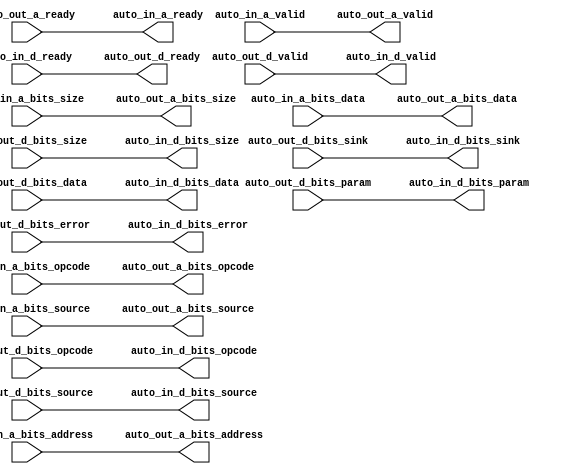
// Copyright (c) 2017, Microsemi Corporation
// All rights reserved.
//
// Redistribution and use in source and binary forms, with or without
// modification, are permitted provided that the following conditions are met:
//     * Redistributions of source code must retain the above copyright
//       notice, this list of conditions and the following disclaimer.
//     * Redistributions in binary form must reproduce the above copyright
//       notice, this list of conditions and the following disclaimer in the
//       documentation and/or other materials provided with the distribution.
//     * Neither the name of the <organization> nor the
//       names of its contributors may be used to endorse or promote products
//       derived from this software without specific prior written permission.
//
// THIS SOFTWARE IS PROVIDED BY THE COPYRIGHT HOLDERS AND CONTRIBUTORS "AS IS" AND
// ANY EXPRESS OR IMPLIED WARRANTIES, INCLUDING, BUT NOT LIMITED TO, THE IMPLIED
// WARRANTIES OF MERCHANTABILITY AND FITNESS FOR A PARTICULAR PURPOSE ARE
// DISCLAIMED. IN NO EVENT SHALL MICROSEMI CORPORATIONM BE LIABLE FOR ANY
// DIRECT, INDIRECT, INCIDENTAL, SPECIAL, EXEMPLARY, OR CONSEQUENTIAL DAMAGES
// (INCLUDING, BUT NOT LIMITED TO, PROCUREMENT OF SUBSTITUTE GOODS OR SERVICES;
// LOSS OF USE, DATA, OR PROFITS; OR BUSINESS INTERRUPTION) HOWEVER CAUSED AND
// ON ANY THEORY OF LIABILITY, WHETHER IN CONTRACT, STRICT LIABILITY, OR TORT
// (INCLUDING NEGLIGENCE OR OTHERWISE) ARISING IN ANY WAY OUT OF THE USE OF THIS
// SOFTWARE, EVEN IF ADVISED OF THE POSSIBILITY OF SUCH DAMAGE.
//
// APACHE LICENSE
// Copyright (c) 2017, Microsemi Corporation 
//
// Licensed under the Apache License, Version 2.0 (the "License");
// you may not use this file except in compliance with the License.
// You may obtain a copy of the License at
//
//    http://www.apache.org/licenses/LICENSE-2.0
//
// Unless required by applicable law or agreed to in writing, software
// distributed under the License is distributed on an "AS IS" BASIS,
// WITHOUT WARRANTIES OR CONDITIONS OF ANY KIND, either express or implied.
// See the License for the specific language governing permissions and
// limitations under the License.
//
// Description:
//
// SVN Revision Information:
// SVN $Revision: $
// SVN $Date: $
//
// Resolved SARs
// SAR      Date     Who   Description
//
// Notes:
//
// ****************************************************************************/
`ifndef RANDOMIZE_REG_INIT 
	 `define RANDOMIZE_REG_INIT 
 `endif
`ifndef RANDOMIZE_MEM_INIT 
	 `define RANDOMIZE_MEM_INIT 
 `endif
`ifndef RANDOMIZE 
	 `define RANDOMIZE 
`endif

`timescale 1ns/10ps
module MIV_RV32IMA_L1_AHB_C0_MIV_RV32IMA_L1_AHB_C0_0_MIV_RV32IMA_L1_AHB_TLWIDTH_WIDGET( // @[:freechips.rocketchip.system.MivRV32ImaL1AhbConfig.fir@4829.2]
  output        auto_in_a_ready, // @[:freechips.rocketchip.system.MivRV32ImaL1AhbConfig.fir@4832.4]
  input         auto_in_a_valid, // @[:freechips.rocketchip.system.MivRV32ImaL1AhbConfig.fir@4832.4]
  input  [2:0]  auto_in_a_bits_opcode, // @[:freechips.rocketchip.system.MivRV32ImaL1AhbConfig.fir@4832.4]
  input  [2:0]  auto_in_a_bits_size, // @[:freechips.rocketchip.system.MivRV32ImaL1AhbConfig.fir@4832.4]
  input  [2:0]  auto_in_a_bits_source, // @[:freechips.rocketchip.system.MivRV32ImaL1AhbConfig.fir@4832.4]
  input  [31:0] auto_in_a_bits_address, // @[:freechips.rocketchip.system.MivRV32ImaL1AhbConfig.fir@4832.4]
  input  [31:0] auto_in_a_bits_data, // @[:freechips.rocketchip.system.MivRV32ImaL1AhbConfig.fir@4832.4]
  input         auto_in_d_ready, // @[:freechips.rocketchip.system.MivRV32ImaL1AhbConfig.fir@4832.4]
  output        auto_in_d_valid, // @[:freechips.rocketchip.system.MivRV32ImaL1AhbConfig.fir@4832.4]
  output [2:0]  auto_in_d_bits_opcode, // @[:freechips.rocketchip.system.MivRV32ImaL1AhbConfig.fir@4832.4]
  output [1:0]  auto_in_d_bits_param, // @[:freechips.rocketchip.system.MivRV32ImaL1AhbConfig.fir@4832.4]
  output [2:0]  auto_in_d_bits_size, // @[:freechips.rocketchip.system.MivRV32ImaL1AhbConfig.fir@4832.4]
  output [2:0]  auto_in_d_bits_source, // @[:freechips.rocketchip.system.MivRV32ImaL1AhbConfig.fir@4832.4]
  output        auto_in_d_bits_sink, // @[:freechips.rocketchip.system.MivRV32ImaL1AhbConfig.fir@4832.4]
  output [31:0] auto_in_d_bits_data, // @[:freechips.rocketchip.system.MivRV32ImaL1AhbConfig.fir@4832.4]
  output        auto_in_d_bits_error, // @[:freechips.rocketchip.system.MivRV32ImaL1AhbConfig.fir@4832.4]
  input         auto_out_a_ready, // @[:freechips.rocketchip.system.MivRV32ImaL1AhbConfig.fir@4832.4]
  output        auto_out_a_valid, // @[:freechips.rocketchip.system.MivRV32ImaL1AhbConfig.fir@4832.4]
  output [2:0]  auto_out_a_bits_opcode, // @[:freechips.rocketchip.system.MivRV32ImaL1AhbConfig.fir@4832.4]
  output [2:0]  auto_out_a_bits_size, // @[:freechips.rocketchip.system.MivRV32ImaL1AhbConfig.fir@4832.4]
  output [2:0]  auto_out_a_bits_source, // @[:freechips.rocketchip.system.MivRV32ImaL1AhbConfig.fir@4832.4]
  output [31:0] auto_out_a_bits_address, // @[:freechips.rocketchip.system.MivRV32ImaL1AhbConfig.fir@4832.4]
  output [31:0] auto_out_a_bits_data, // @[:freechips.rocketchip.system.MivRV32ImaL1AhbConfig.fir@4832.4]
  output        auto_out_d_ready, // @[:freechips.rocketchip.system.MivRV32ImaL1AhbConfig.fir@4832.4]
  input         auto_out_d_valid, // @[:freechips.rocketchip.system.MivRV32ImaL1AhbConfig.fir@4832.4]
  input  [2:0]  auto_out_d_bits_opcode, // @[:freechips.rocketchip.system.MivRV32ImaL1AhbConfig.fir@4832.4]
  input  [1:0]  auto_out_d_bits_param, // @[:freechips.rocketchip.system.MivRV32ImaL1AhbConfig.fir@4832.4]
  input  [2:0]  auto_out_d_bits_size, // @[:freechips.rocketchip.system.MivRV32ImaL1AhbConfig.fir@4832.4]
  input  [2:0]  auto_out_d_bits_source, // @[:freechips.rocketchip.system.MivRV32ImaL1AhbConfig.fir@4832.4]
  input         auto_out_d_bits_sink, // @[:freechips.rocketchip.system.MivRV32ImaL1AhbConfig.fir@4832.4]
  input  [31:0] auto_out_d_bits_data, // @[:freechips.rocketchip.system.MivRV32ImaL1AhbConfig.fir@4832.4]
  input         auto_out_d_bits_error // @[:freechips.rocketchip.system.MivRV32ImaL1AhbConfig.fir@4832.4]
);
  assign auto_in_a_ready = auto_out_a_ready;
  assign auto_in_d_valid = auto_out_d_valid;
  assign auto_in_d_bits_opcode = auto_out_d_bits_opcode;
  assign auto_in_d_bits_param = auto_out_d_bits_param;
  assign auto_in_d_bits_size = auto_out_d_bits_size;
  assign auto_in_d_bits_source = auto_out_d_bits_source;
  assign auto_in_d_bits_sink = auto_out_d_bits_sink;
  assign auto_in_d_bits_data = auto_out_d_bits_data;
  assign auto_in_d_bits_error = auto_out_d_bits_error;
  assign auto_out_a_valid = auto_in_a_valid;
  assign auto_out_a_bits_opcode = auto_in_a_bits_opcode;
  assign auto_out_a_bits_size = auto_in_a_bits_size;
  assign auto_out_a_bits_source = auto_in_a_bits_source;
  assign auto_out_a_bits_address = auto_in_a_bits_address;
  assign auto_out_a_bits_data = auto_in_a_bits_data;
  assign auto_out_d_ready = auto_in_d_ready;
endmodule